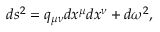
d s ^ { 2 } = q _ { \mu \nu } d x ^ { \mu } d x ^ { \nu } + d \omega ^ { 2 } ,